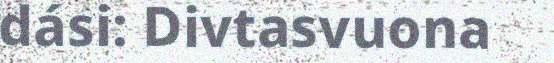
dási: Divtasvuona